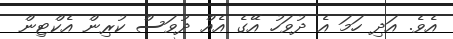
އެވެ. އަދި ހަމަ އެ ދުވަހު އޭގެ އެއް ދުވަސް ކުރިން އެކްޓިން